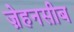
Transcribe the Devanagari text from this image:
ज़ेहनसीब